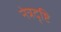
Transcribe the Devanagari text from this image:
नेत्रदृष्टि